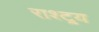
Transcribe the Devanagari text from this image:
राश्ट्र्य